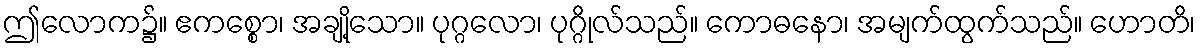
ဤလောက၌။ ဧကစ္စော၊ အချို့သော။ ပုဂ္ဂလော၊ ပုဂ္ဂိုလ်သည်။ ကောဓနော၊ အမျက်ထွက်သည်။ ဟောတိ၊